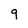
Character: 9